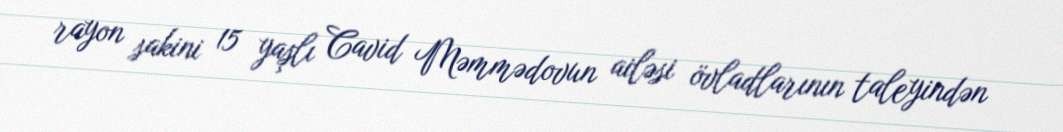
rayon sakini 15 yaşlı Cavid Məmmədovun ailəsi övladlarının taleyindən